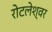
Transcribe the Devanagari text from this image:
रोटलेश्वर